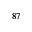
^ { 8 7 }